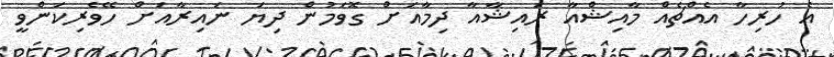
އެ ހުރިހާ އެއްޗެއް މާއިޝްއާ ރައިޝާއާ ދިމާއަށް ގޮވަމުން ދިޔަ ނައިރާއަށް ހޭވެރިކަންވީ